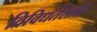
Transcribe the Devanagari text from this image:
विविधतेसाठी